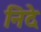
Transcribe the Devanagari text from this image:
निदे